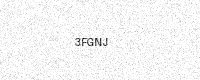
Text: 3FGNJ